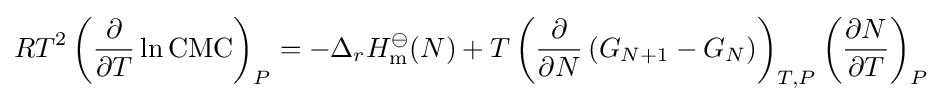
RT^{2}\left({\frac {\partial }{\partial T}}\ln \mathrm {CMC} \right)_{P}=-\Delta _{r}H_{\mathrm {m} }^{\ominus }(N)+T\left({\frac {\partial }{\partial N}}\left(G_{N+1}-G_{N}\right)\right)_{T,P}\left({\frac {\partial N}{\partial T}}\right)_{P}